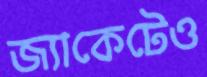
জ্যাকেটেও